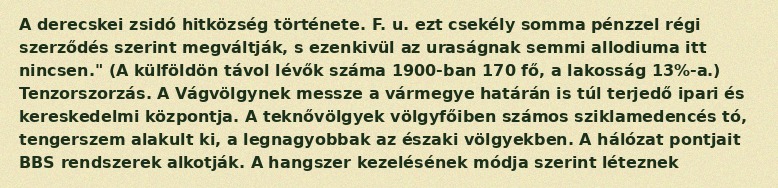
A derecskei zsidó hitközség története. F. u. ezt csekély somma pénzzel régi szerződés szerint megváltják, s ezenkivül az uraságnak semmi allodiuma itt nincsen." (A külföldön távol lévők száma 1900-ban 170 fő, a lakosság 13%-a.) Tenzorszorzás. A Vágvölgynek messze a vármegye határán is túl terjedő ipari és kereskedelmi központja. A teknővölgyek völgyfőiben számos sziklamedencés tó, tengerszem alakult ki, a legnagyobbak az északi völgyekben. A hálózat pontjait BBS rendszerek alkotják. A hangszer kezelésének módja szerint léteznek